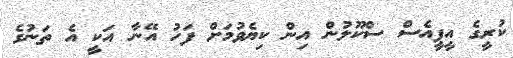
ކުރީގެ އީޕީއެސް ސްކޫލުން އިން ކިޔެވުމަށް ފަހު އޭނާ އަކީ އެ ތަނުގެ